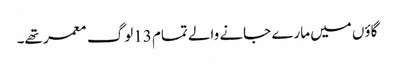
گاؤں میں مارے جانے والے تمام 13لوگ معمر تھے۔